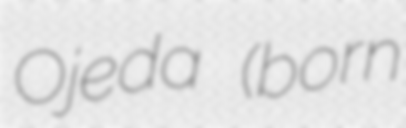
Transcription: Ojeda (born